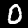
Label: 0